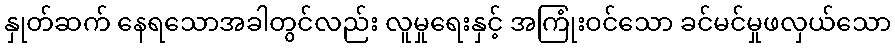
နှုတ်ဆက် နေရသောအခါတွင်လည်း လူမှုရေးနှင့် အကြုံးဝင်သော ခင်မင်မှုဖလှယ်သော